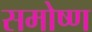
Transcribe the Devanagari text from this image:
समोष्ण